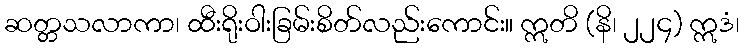
ဆတ္တသလာကာ၊ ထီးရိုးဝါးခြမ်းစိတ်လည်းကောင်း။ ဣတိ (နိ၊ ၂၂၄) ဣဒံ၊